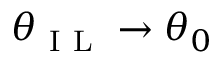
\theta _ { \mathrm { ~ I ~ L ~ } } \to \theta _ { 0 }